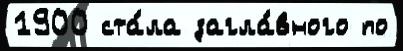
1900 ста́ла загла́вного по